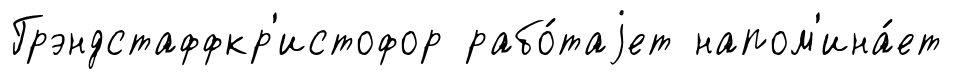
Грэндстаффкр'истофор рабо́таjет напом'ина́ет